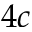
4 c